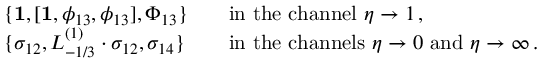
\begin{array} { r l r l } & { \{ \mathbf { 1 } , [ \mathbf { 1 } , \phi _ { 1 3 } , \phi _ { 1 3 } ] , \Phi _ { 1 3 } \} } & & { \mathrm { i n ~ t h e ~ c h a n n e l ~ } \eta \to 1 \, , } \\ & { \{ \sigma _ { 1 2 } , L _ { - 1 / 3 } ^ { ( 1 ) } \cdot \sigma _ { 1 2 } , \sigma _ { 1 4 } \} } & & { \mathrm { i n ~ t h e ~ c h a n n e l s ~ } \eta \to 0 \mathrm { ~ a n d ~ } \eta \to \infty \, . } \end{array}